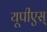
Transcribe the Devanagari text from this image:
यूपीएस्